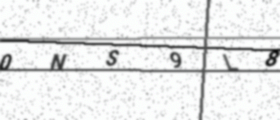
Text: 0NS9L8